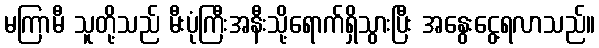
မကြာမီ သူတို့သည် မီးပုံကြီးအနီးသို့ရောက်ရှိသွားပြီး အနွေးငွေ့ရလာသည်။